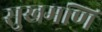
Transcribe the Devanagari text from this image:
सुखमणि